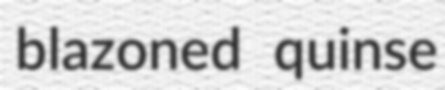
blazoned quinse